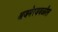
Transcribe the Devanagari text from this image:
अजमेरजवळील